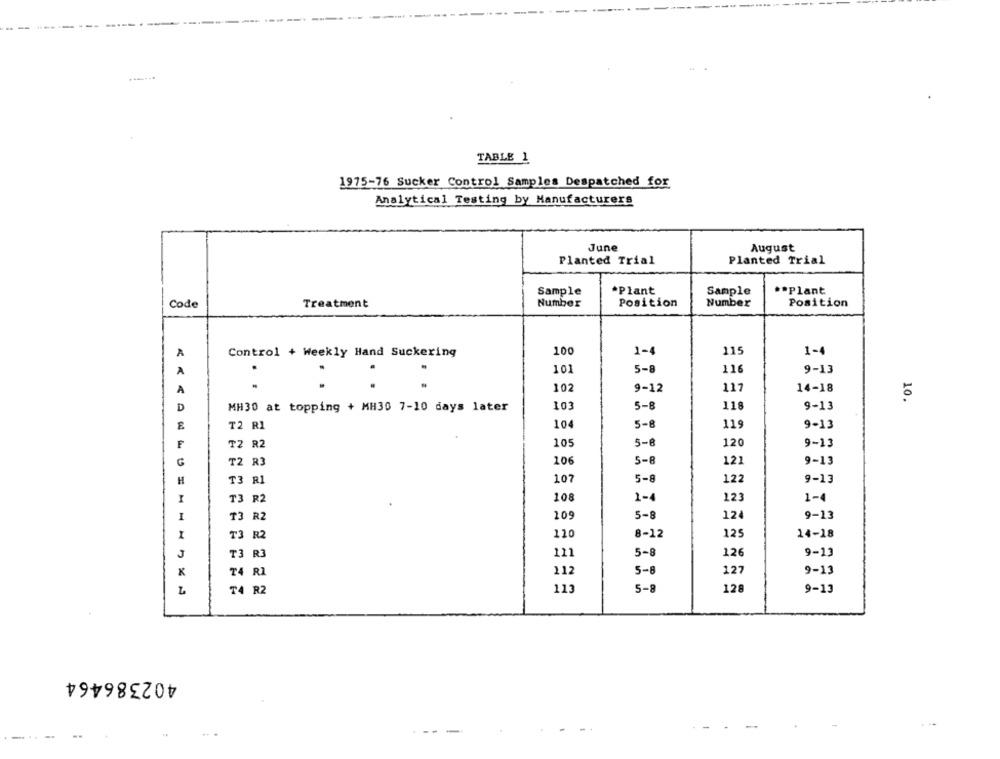
--
TABLE 1
1975-76 Sucker Control Samples Despatched for
Analytical Testing by Manufacturers
June
August
Planted Trial
Planted Trial
Sample
*Plant
Sample
.* Plant
Code
Number
Position
Number
Position
Treatment
100
Control + Weekly Hand Suckering
1-4
115
1-4
A
.
101
5-
116
9-13
102
9-12
117
14-18
A
10.
D
MH30 at topping + MH30 7-10 days later
103
5-6
118
9-13
T2 R1
104
5-
119
9-13
F
T2 R2
105
5-8
120
9-13
G
T2 R3
106
5-8
121
9-13
107
5-8
122
9-13
H
T3 R1
I
T3 R2
108
1-
123
1-4
I
T3 R2
109
5-8
124
9-13
T3 R2
110
8-12
125
14-18
J
T3 R3
111
5-8
126
9-13
112
5-8
9-13
K
T4 RI
127
T4 R2
113
5-8
128
9-13
402386464
---